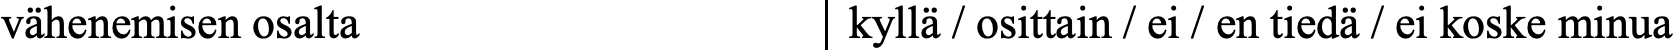
vähenemisen osalta          kyllä / osittain / ei / en tiedä / ei koske minua